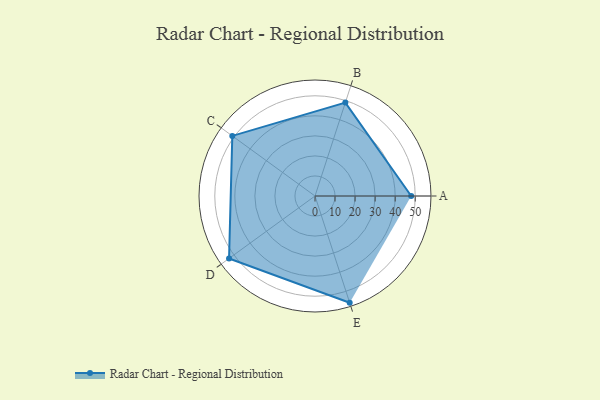
{"axis": {"x": "Skill", "y": "Score"}, "legend": ["Profile"], "data": [{"x": "A", "y": 48.0, "type": "Profile"}, {"x": "B", "y": 49.0, "type": "Profile"}, {"x": "C", "y": 51.0, "type": "Profile"}, {"x": "D", "y": 53.0, "type": "Profile"}, {"x": "E", "y": 56.0, "type": "Profile"}]}